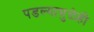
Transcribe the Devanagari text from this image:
पडल्यामुळेही